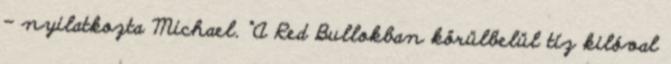
– nyilatkozta Michael. “A Red Bullokban körülbelül tíz kilóval